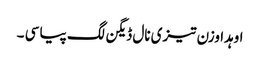
اوہدا وزن تیزی نال ڈیگن لگ پیا سی ۔